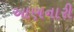
આણનારી